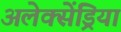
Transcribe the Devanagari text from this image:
अलेक्सेंड्रिया